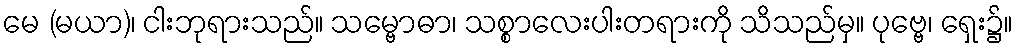
မေ (မယာ)၊ ငါးဘုရားသည်။ သမ္ဗောဓာ၊ သစ္စာလေးပါးတရားကို သိသည်မှ။ ပုဗ္ဗေ၊ ရှေး၌။